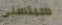
سيتسنى